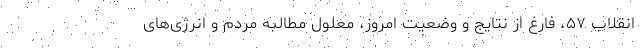
انقلاب ۵۷، فارغ از نتایج و وضعیت امروز، معلول مطالبه مردم و انرژی‌های